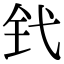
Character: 𬬩